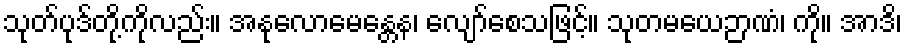
သုတ်ပုဒ်တို့ကိုလည်း။ အနုလောမေန္တေန၊ လျော်စေသဖြင့်။ သုတမယေဉာဏံ၊ ကို။ အာဒိ၊